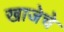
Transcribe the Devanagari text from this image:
खाजेचे